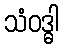
သံဝဒ္ဓါ